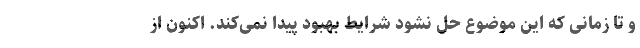
و تا زمانی که این موضوع حل نشود شرایط بهبود پیدا نمی‌کند. اکنون از